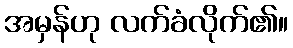
အမှန်ဟု လက်ခံလိုက်၏။